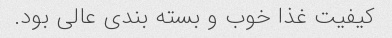
کیفیت غذا خوب و بسته بندی عالی بود.